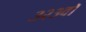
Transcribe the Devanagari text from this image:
३२३वॉ